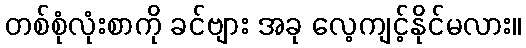
တစ်စုံလုံးစာကို ခင်ဗျား အခု လေ့ကျင့်နိုင်မလား။